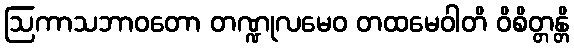
ဩကာသဘာဝတော တဏ္ဍုလမေဝ တထမေဝါတိ ဝိစိတ္တန္တိ